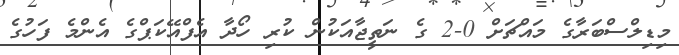
މިޑިލްސްބަރާގެ މައްޗަށް 0-2 ގެ ނަތީޖާއަކުން ކުރި ހޯދާ އެފްއޭކަޕްގެ އެންމެ ފަހުގެ